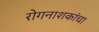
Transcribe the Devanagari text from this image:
रोगनाशकांचा